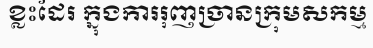
ខ្លះដែរ ក្នុងការរុញច្រានក្រុមសកម្ម